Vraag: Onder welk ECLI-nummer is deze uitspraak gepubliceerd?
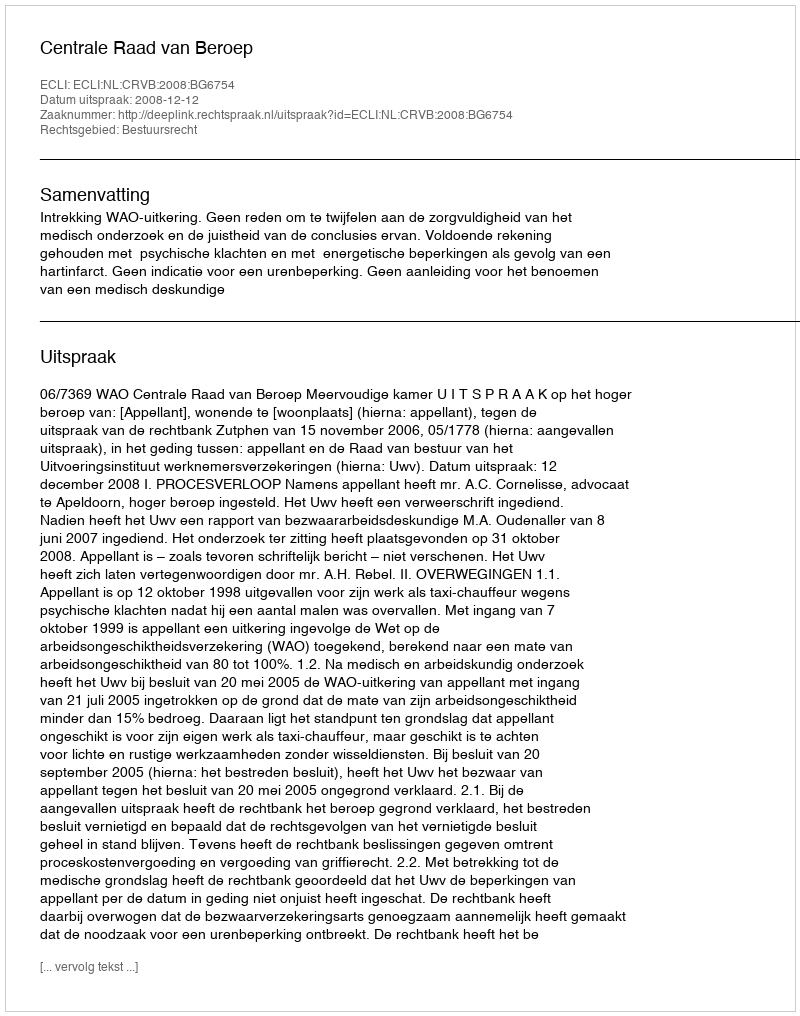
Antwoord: ECLI:NL:CRVB:2008:BG6754